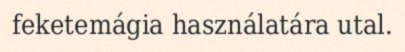
feketemágia használatára utal.